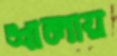
শালায়